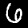
Label: 6